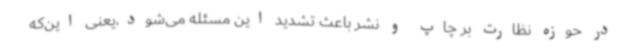
در حوزه نظارت بر چاپ و نشر باعث تشدید این مسئله می‌شود،یعنی این‌که